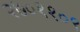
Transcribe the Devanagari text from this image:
२७०११०९